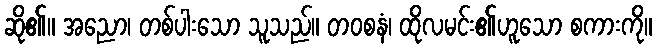
ဆို၏။ အညော၊ တစ်ပါးသော သူသည်။ တဝစနံ၊ ထိုလမင်း၏ဟူသော စကားကို။